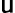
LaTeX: \mathsf{u}